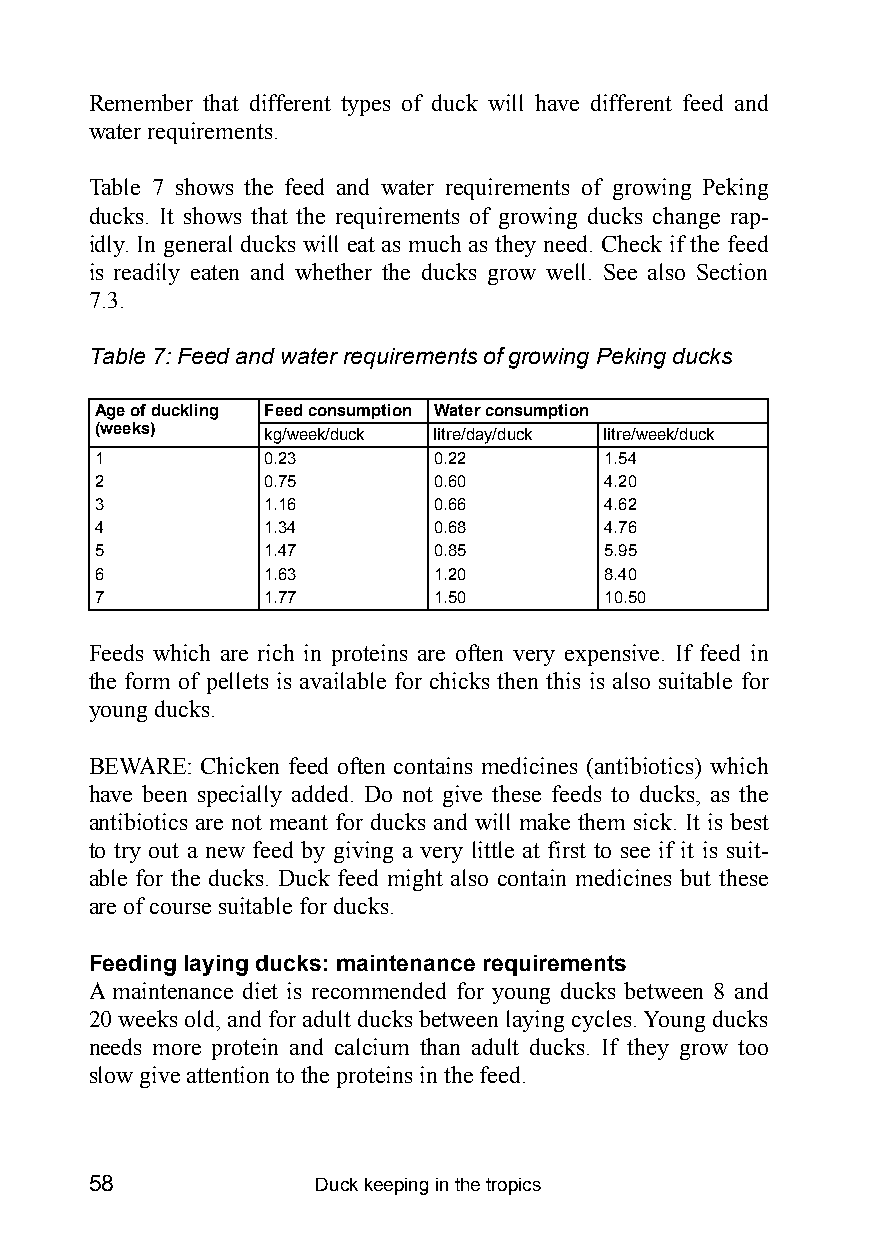
Remember that different types of duck will have different feed and
 water requirements.
 Table 7 shows the feed and water requirements of growing Peking
 ducks. It shows that the requirements of growing ducks change rap-
 idly. In general ducks will eat as much as they need. Check if the feed
 is readily eaten and whether the ducks grow well. See also Section
 7.3.
 Table 7: Feed and water requirements of growing Peking ducks
 Age of duckling Feed consumption Water consumption
 (weeks)    kg/week/duck litre/day/duck litre/week/duck
 1          0.23        0.22       1.54
 2          0.75        0.60       4.20
 3          1.16        0.66       4.62
 4          1.34        0.68       4.76
 5          1.47        0.85       5.95
 6          1.63        1.20       8.40
 7          1.77        1.50       10.50
 Feeds which are rich in proteins are often very expensive. If feed in
 the form of pellets is available for chicks then this is also suitable for
 young ducks.
 BEWARE: Chicken feed often contains medicines (antibiotics) which
 have been specially added. Do not give these feeds to ducks, as the
 antibiotics are not meant for ducks and will make them sick. It is best
 to try out a new feed by giving a very little at first to see if it is suit-
 able for the ducks. Duck feed might also contain medicines but these
 are of course suitable for ducks.
 Feeding laying ducks: maintenance requirements
 A maintenance diet is recommended for young ducks between 8 and
 20 weeks old, and for adult ducks between laying cycles. Young ducks
 needs more protein and calcium than adult ducks. If they grow too
 slow give attention to the proteins in the feed.
 58             Duck keeping in the tropics